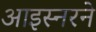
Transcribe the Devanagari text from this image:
आइस्नरने